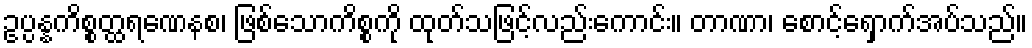
ဥပ္ပန္နကိစ္စတ္ထရဏေနစ၊ ဖြစ်သောကိစ္စကို ထုတ်သဖြင့်လည်းကောင်း။ တာဏာ၊ စောင့်ရှောက်အပ်သည်။